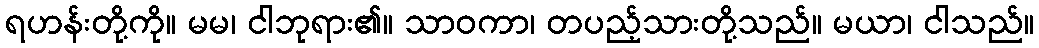
ရဟန်းတို့ကို။ မမ၊ ငါဘုရား၏။ သာဝကာ၊ တပည့်သားတို့သည်။ မယာ၊ ငါသည်။